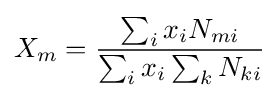
X_{m}={\sum _{i}x_{i}N_{mi} \over \sum _{i}x_{i}\sum _{k}N_{ki}}